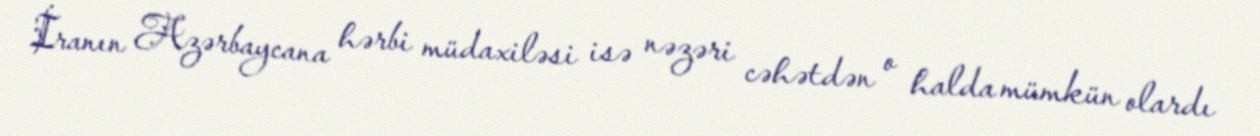
İranın Azərbaycana hərbi müdaxiləsi isə nəzəri cəhətdən o halda mümkün olardı